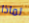
لماذا